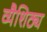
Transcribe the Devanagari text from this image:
व्यैशिठ्य